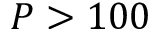
P > 1 0 0